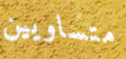
متساويين